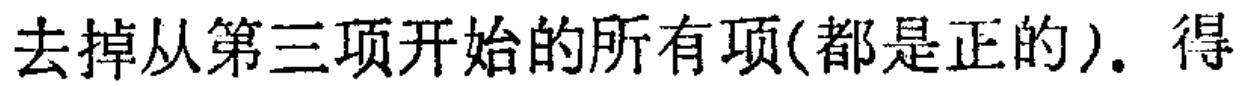
去掉从第三项开始的所有项(都是正的). 得